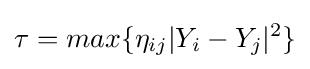
\tau =max\{\eta _{ij}|Y_{i}-Y_{j}|^{2}\}\,\!